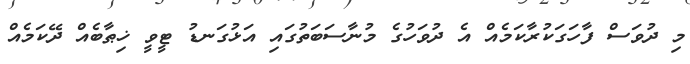
މި ދުވަސް ފާހަގަކުރާކަމެއް އެ ދުވަހުގެ މުނާސަބަތުގައި އަޅުގަނޑު ޓީވީ ޚިޠާބެއް ދޭކަމެއް